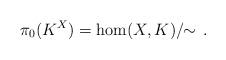
LaTeX: \begin{align*} \pi_0(K^X) = \hom(X,K)/\!\!\sim\,. \end{align*}